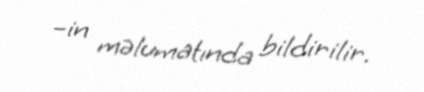
–in məlumatında bildirilir.